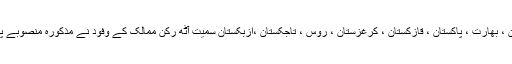
ملاقات میں چین ، بھارت ، پاکستان ، قازکستان ، کرغزستان ، روس ، تاجکستان ،ازبکستان سمیت آٹھ رکن ممالک کے وفود نے مذکورہ منصوبے پر دستخط کیے۔